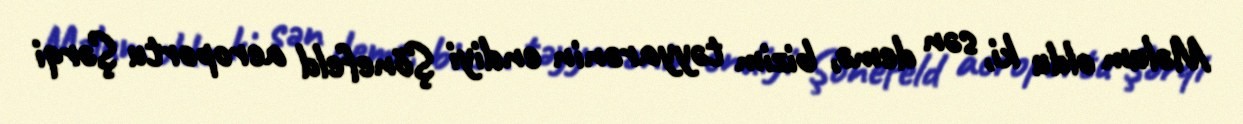
Məlum oldu ki, sən demə, bizim təyyarənin endiyi Şönefeld aeroportu Şərqi